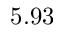
5 . 9 3